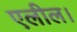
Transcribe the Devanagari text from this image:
एलील।